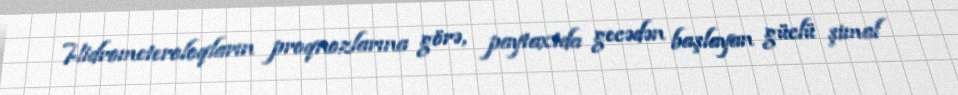
Hidrometeroloqların proqnozlarına görə, paytaxtda gecədən başlayan güclü şimal